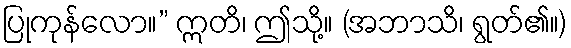
ပြုကုန်လော။” ဣတိ၊ ဤသို့။ (အဘာသိ၊ ရွတ်၏။)